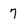
Character: 7